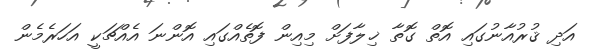
އަދި ޤުރުއާނުގައި އޮތް ގޮތާ ޚިލާފަށް މިއިން ފޮތެއްގައި އޮންނަ އެއްޗަކީ އަހަރެމެން